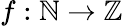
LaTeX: f:\mathbb{N}\to\mathbb{Z}